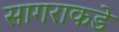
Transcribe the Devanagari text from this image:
सागराकडे